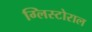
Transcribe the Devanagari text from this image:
ग्लिस्टोराल